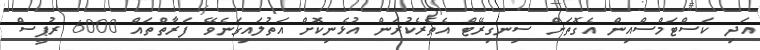
އަދި ކަސްޓަމްސްއިން އެގޮތަށް ސިނގިރޭޓް އެތެރެކުރަން އުޅެނިކޮށް އަތުލައިގަނެވޭ ފަރާތްތައް 6000 ރުޕީސް